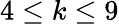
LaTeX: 4\le k\le 9